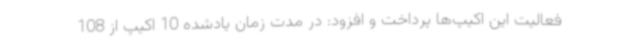
فعالیت این اکیپ‌ها پرداخت و افزود: در مدت زمان یادشده 10 اکیپ از 108